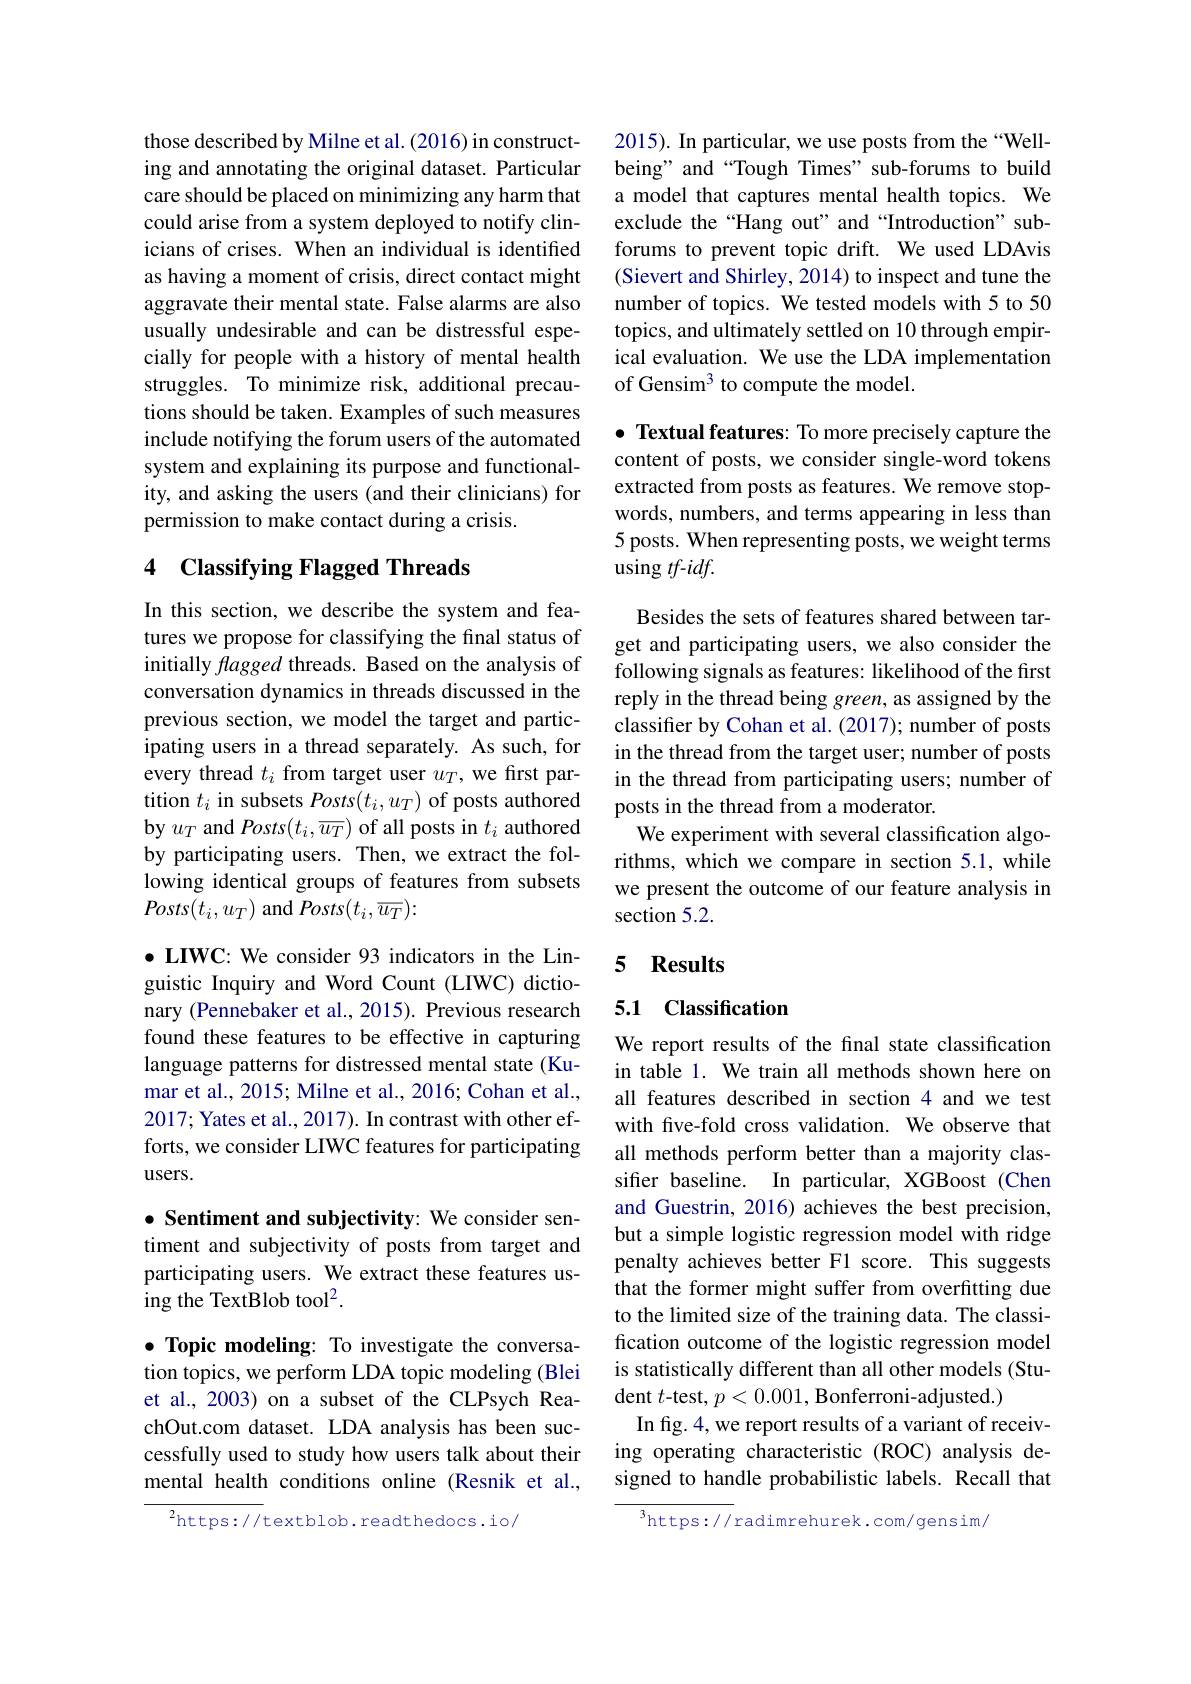
those described by Milne et al. (2016) in constructing and annotating the original dataset. Particular care should be placed on minimizing any harm that could arise from a system deployed to notify clinicians of crises. When an individual is identified as having a moment of crisis, direct contact might aggravate their mental state. False alarms are also usually undesirable and can be distressful especially for people with a history of mental health struggles. To minimize risk, additional precautions should be taken. Examples of such measures include notifying the forum users of the automated system and explaining its purpose and functionality, and asking the users (and their clinicians) for permission to make contact during a crisis.

# 4 Classifying Flagged Threads

In this section, we describe the system and features we propose for classifying the final status of initially flagged threads. Based on the analysis of conversation dynamics in threads discussed in the previous section, we model the target and participating users in a thread separately. As such, for every thread $t_i$ from target user $u_T$, we first partition $t_i$ in subsets Posts$(t_i,u_T)$ of posts authored by $u_T$ and $Posts(t_i,\overline{u_T})$ of all posts in $t_i$ authored by participating users. Then, we extract the following identical groups of features from subsets $Posts(t_i,u_T)$ and $Posts(t_i,\overline{u_T}):$

$\bullet$ LIWC: We consider 93 indicators in the Linguistic Inquiry and Word Count (LIWC) dictionary (Pennebaker et al., 2015). Previous research found these features to be effective in capturing language patterns for distressed mental state (Kumar et al., 2015; Milne et al., 2016; Cohan et al., 2017; Yates et al., 2017). In contrast with other efforts, we consider LIWC features for participating $users.$

$\bullet$ Sentiment and subjectivity: We consider sentiment and subjectivity of posts from target and participating users. We extract these features using the TextBlob tool$^2.$

$\bullet$ Topic modeling: To investigate the conversation topics, we perform LDA topic modeling (Blei et al., 2003) on a subset of the CLPsych ReachOut.com dataset. LDA analysis has been successfully used to study how users talk about their mental health conditions online (Resnik et al.,

${{^{2}\mathrm{https://}}}$textblob.readthedocs.io/

2015). In particular, we use posts from the “Wellbeing" and “Tough Times” sub-forums to build a model that captures mental health topics. We exclude the“Hang out”and“Introduction”subforums to prevent topic drift. We used LDAvis (Sievert and Shirley, 2014) to inspect and tune the number of topics. We tested models with 5 to 50 topics, and ultimately settled on 10 through empirical evaluation. We use the LDA implementation of Gensim$^3$ to compute the model.

$\bullet$ Textual features: To more precisely capture the content of posts, we consider single-word tokens extracted from posts as features. We remove stopwords, numbers, and terms appearing in less than 5 posts. When representing posts, we weight terms using $tf$-id$f.$

Besides the sets of features shared between target and participating users, we also consider the following signals as features: likelihood of the first reply in the thread being green, as assigned by the classifer by Cohan et al. (2017); number of posts in the thread from the target user; number of posts in the thread from participating users; number of posts in the thread from a moderator.
We experiment with several classification algorithms, which we compare in section 5.1, while we present the outcome of our feature analysis in section 5.2.

### 5 $\mathbf{Results}$

### 5.1 Classification

We report results of the final state classification in table 1. We train all methods shown here on all features described in section 4 and we test with fve-fold cross validation. We observe that all methods perform better than a majority classifer baseline. In particular, XGBoost (Chen and Guestrin, 2016) achieves the best precision, but a simple logistic regression model with ridge penalty achieves better F1 score. This suggests that the former might suffer from overfitting due to the limited size of the training data. The classification outcome of the logistic regression model is statistically different than all other models (Student $t$-test, $p<0.001$, Bonferroni-adjusted.)
In fig. 4, we report results of a variant of receiving operating characteristic (ROC) analysis designed to handle probabilistic labels. Recall that

${^{3}\mathrm{https://}}$radimrehurek.com/gensim/